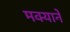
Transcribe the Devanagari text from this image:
मक्याने